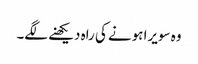
وہ سویرا ہونے کی راہ دیکھنے لگے۔